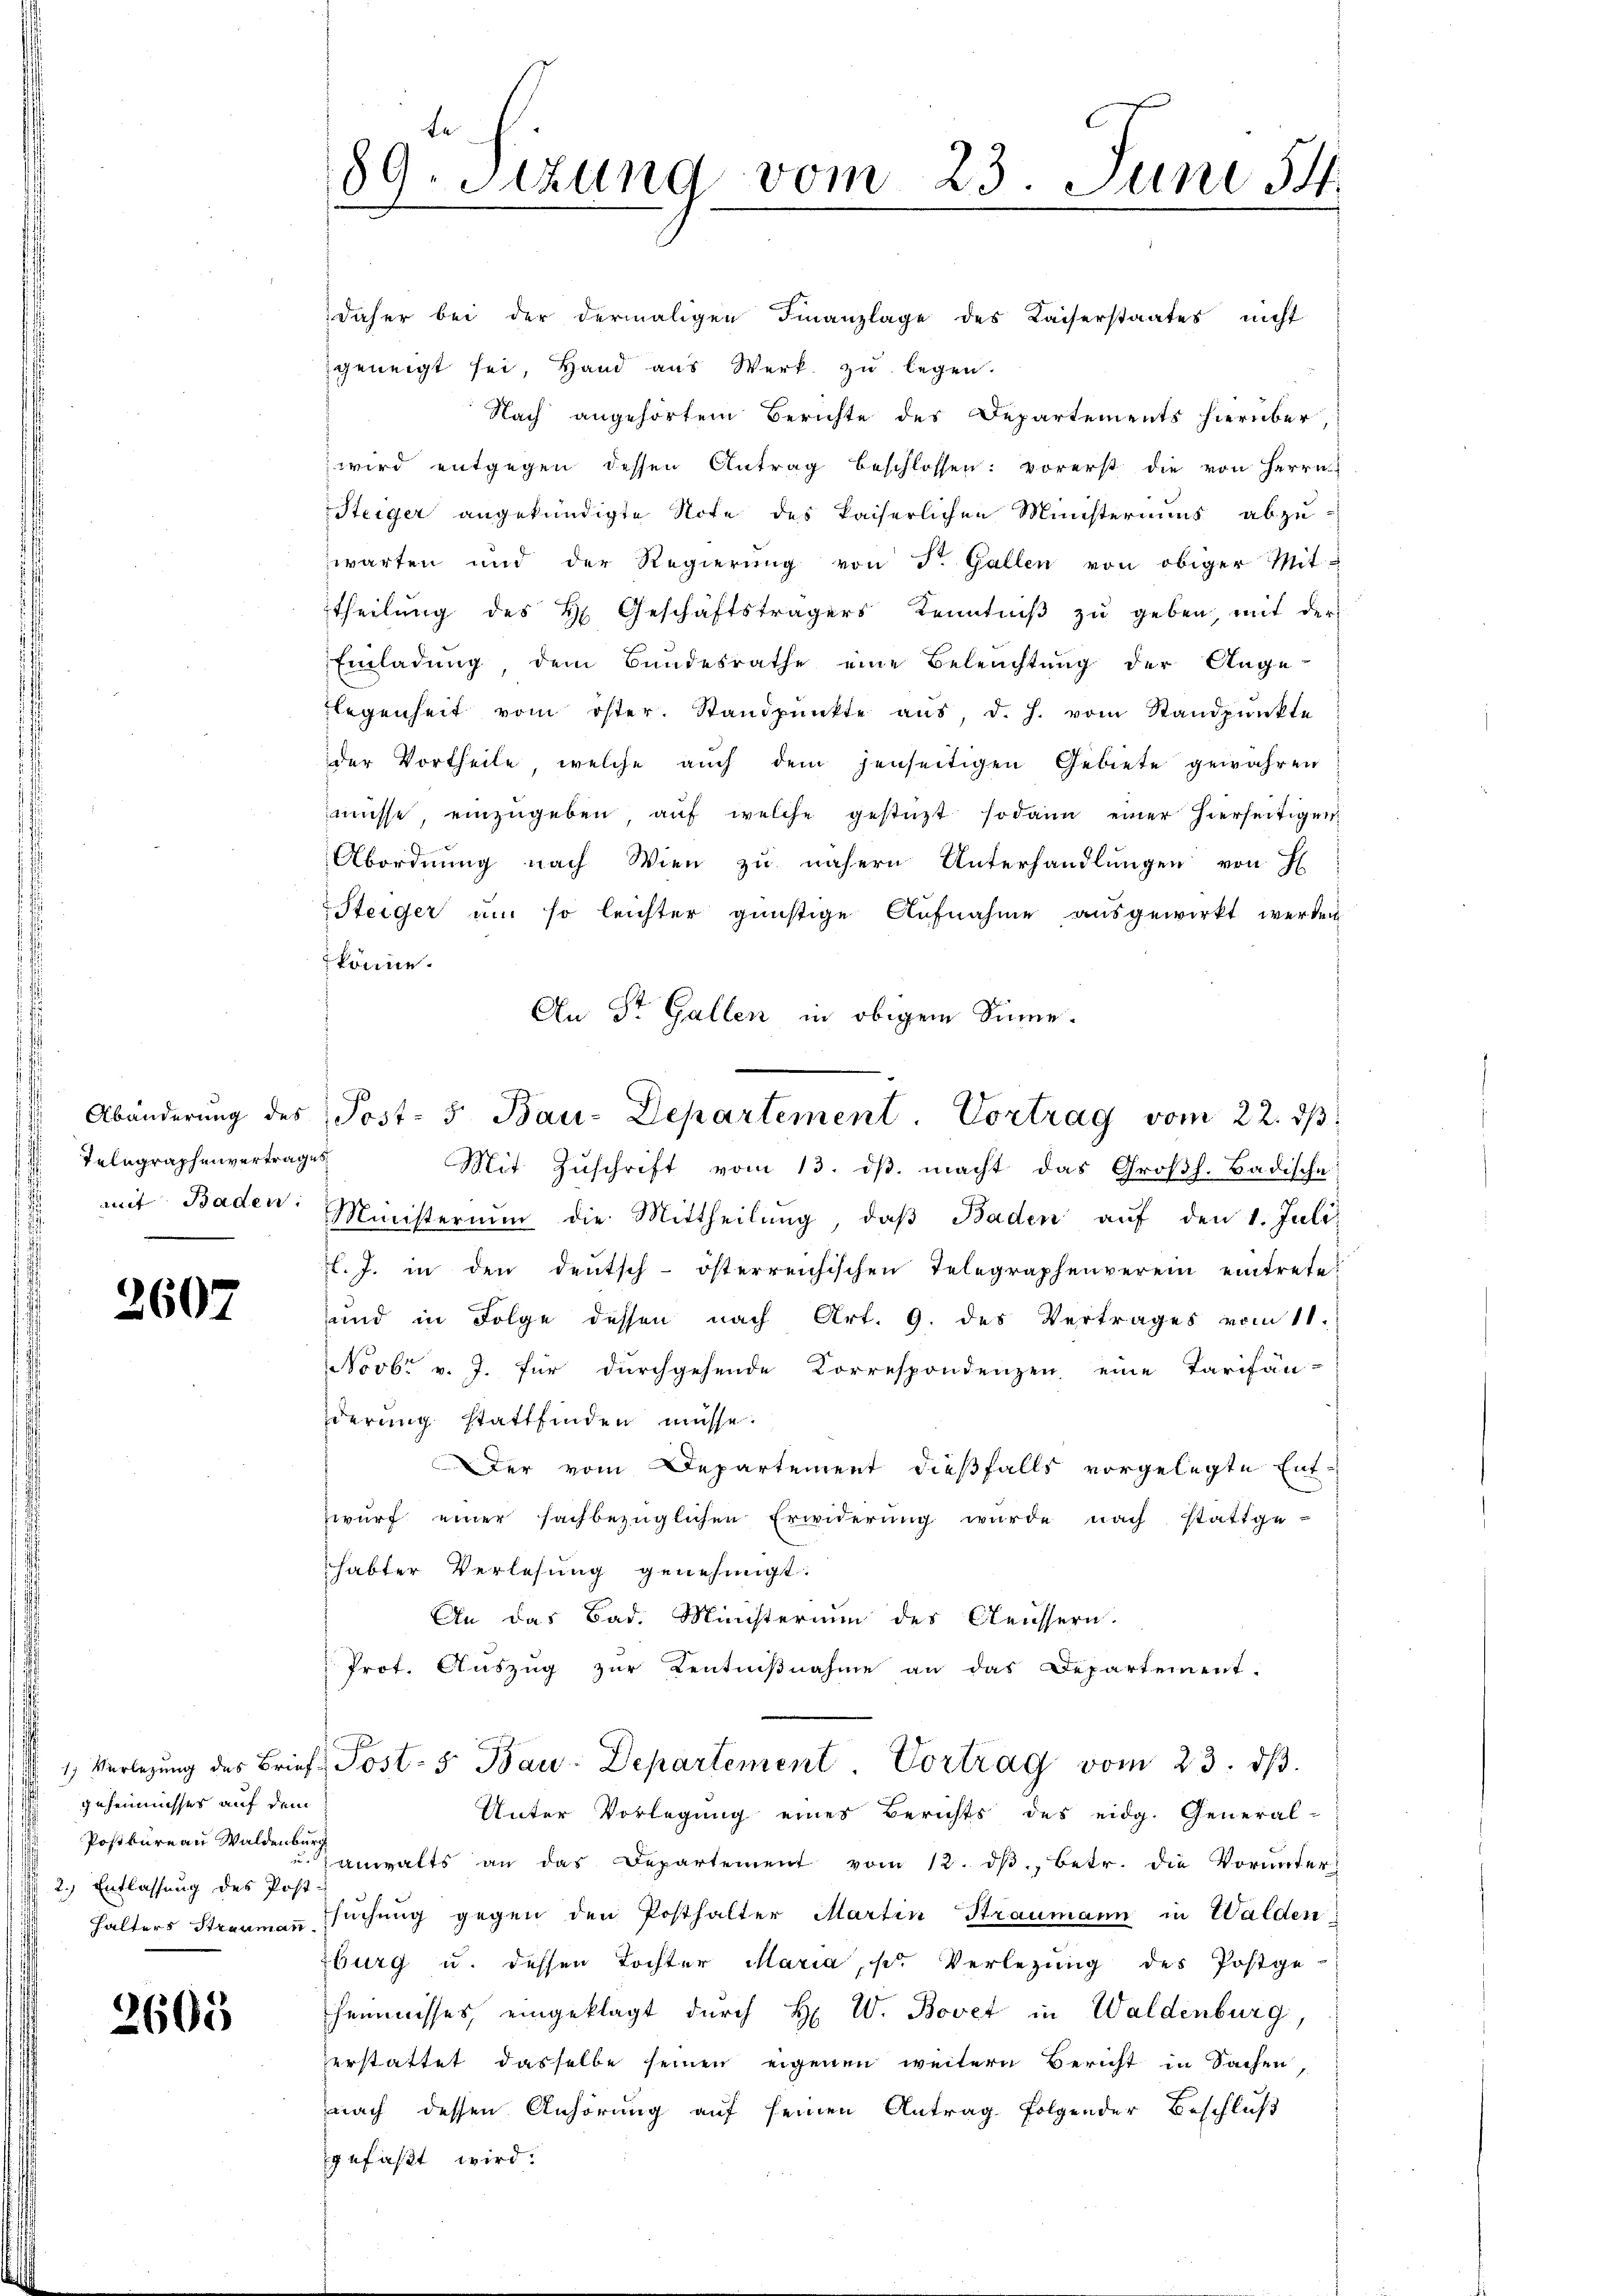
Telegraphenvertrages
e

2607

geheimnisses auf dem
2.) Entlassung des Post-

2605

daher bei der dermaligen Finanzlage des Kaiserstaates nicht
geneigt sei, Hand aus Werk zu legen.
Nach angehörtem Berichte des Departements hierüber,
wird entgegen dessen Antrag beschlossen: vorerst die von Herrn
Steiger angekündigte Note des kaiserlichen Ministeriums abzu-
warten und der Regierŭng von St. Gallen von obiger Mit-
theilŭng des H. Geschäftsträgers Kenntniβ zŭ geben, mit der
Einladung dem Bundesrathe eine Beleuchtung der Ange-
Flegenheit vom öster. Standpŭnkte aŭs, d. h. vom Standpŭnkte
der Vortheile, welche auch dem jenseitigen Gebiete gewähren
müsse, einzŭgeben aŭf welche gestüzt sodann einer hierseitigen
Abordnung nach Wien zu nähern Unterhandlungen von H
Steiger am so leichter günstige Aufnahme ausgewirkt werden
könne.
An St. Gallen in obigem Sinne.
Mit Zuschrift vom 13. dβ macht das Großh. Badische
mit Baden Ministerium die Mittheilŭng, daβ Baden aŭf den 1. Juli
f. J. in den deutsch-österreichischen Telegraphenverein eintrete
und in Folge dessen nach Art. 9. des Vertrages vom 11.
Novbr v. J. für durchgehende Korrespondenzen eine Tarifän-
derung stattfinden müsse.
Der vom Departement dießfalls vorgelegte Entwŭrf einer sachbezüglichen Erwiderŭng wurde nach stattge-
habter Verlesung genehmigt.
An das Bad. Ministerium des Aeussern.
Prot. Auszug zur Kentniβnahme an das Departement-
1 Verlegŭng des Brief Post- 5 Bau-Departement. Vortrag vom 23. dβ.
Unter Vorlegung eines Berichts des eidg. General-
Postbüreau Walden walts an das Departement vom 12. dβ betr. die Vorŭnters
Halters Straumann suchung gegen den Posthalter Martin Straumann in Walden-
burg u. dessen Tochter Maria, Nr. Verlegung des Postge
heimisses eingeklagt durch H. W. Bovet in Waldenburg,
erstattet dasselbe seinen eigenen weitern Bericht in Sachen,
nach dessen Anhörung auf seinen Antrag folgender Beschluß
gefaßt wird.

te
89. Setzung vom 23. Juni 54.

Abänderung des Post- 5. Bau-Departement. Vortrag vom 22. dβ